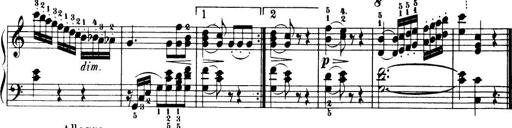
Title: 32 Sonatinas and Rondos for the Piano
Composer: Richard Kleinmichel